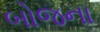
બોજના